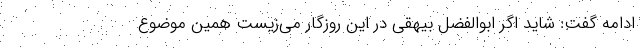
ادامه گفت: شاید اگر ابوالفضل بیهقی در این روزگار می‌زیست همین موضوع